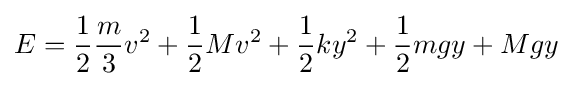
E={\frac {1}{2}}{\frac {m}{3}}v^{2}+{\frac {1}{2}}Mv^{2}+{\frac {1}{2}}ky^{2}+{\frac {1}{2}}mgy+Mgy